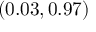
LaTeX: ( 0 . 0 3 , 0 . 9 7 )